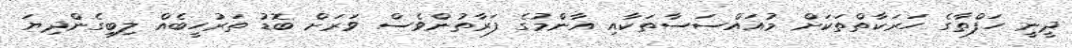
ދީނީ ހަފްތާގެ ހަރަކާތްތަކަށް މުއައްސަސާތަކާއި އާންމުގެ ފަރާތުންވެސް ވަރަށް ބޮޑު ތަރުހީބެއް ލިބިގެންދިޔަ